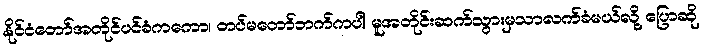
နိုင်ငံတော်အတိုင်ပင်ခံကကော၊ တပ်မတော်ဘက်ကပါ မူအတိုင်းဆက်သွားမှသာလက်ခံမယ်လို့ ပြောဆို